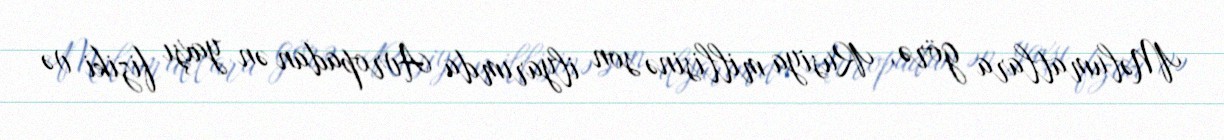
Məlumatlara görə, Rusiya millisinə son ilyarımda Avropadan ən yaxşı fiziki və